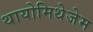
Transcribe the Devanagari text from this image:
थायोमिथेजेम